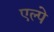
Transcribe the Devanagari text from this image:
एल्पे